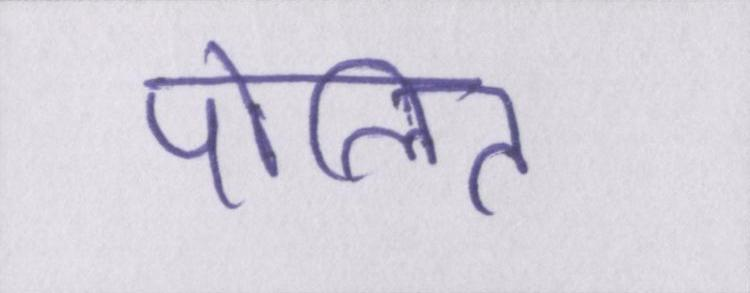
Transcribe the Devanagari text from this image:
पोलित